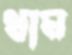
থাম